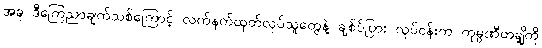
အခု ဒီကြေညာချက်သစ်ကြောင့် လက်နက်ထုတ်လုပ်သူတွေနဲ့ ချစ်ပ်ပြား လုပ်ငန်းက ကုမ္ပဏီတချို့ကို